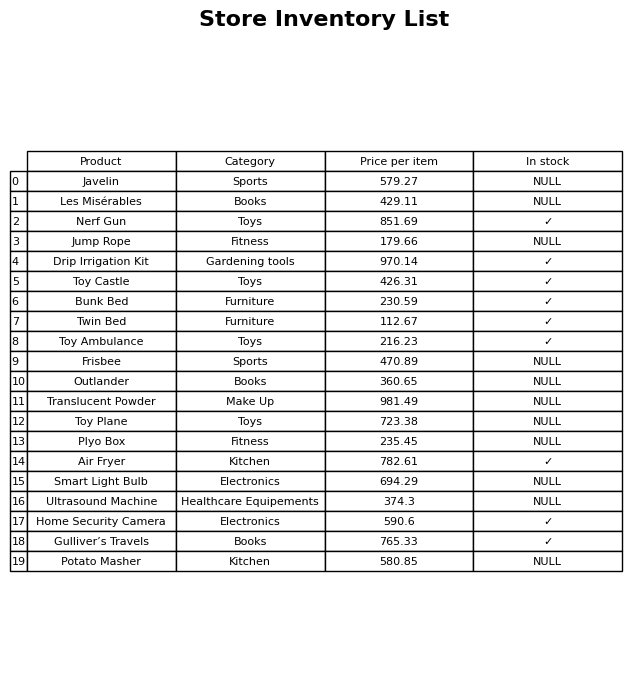
question: What is the price for Home Security Camera?
answer: The price of Home Security Camera is 590.6.